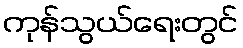
ကုန်သွယ်ရေးတွင်